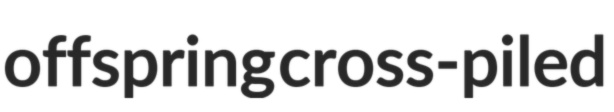
offspring cross-piled